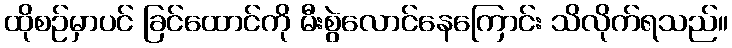
ထိုစဉ်မှာပင် ခြင်ထောင်ကို မီးစွဲလောင်နေကြောင်း သိလိုက်ရသည်။